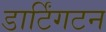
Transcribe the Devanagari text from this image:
डार्टिंगटन